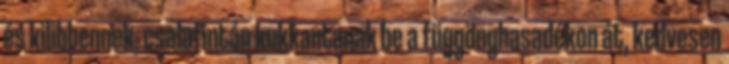
és kilibbennek, csalafintán kukkantanak be a függönyhasadékon át, kedvesen